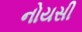
નોયસી